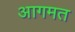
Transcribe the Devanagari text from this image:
आगमत